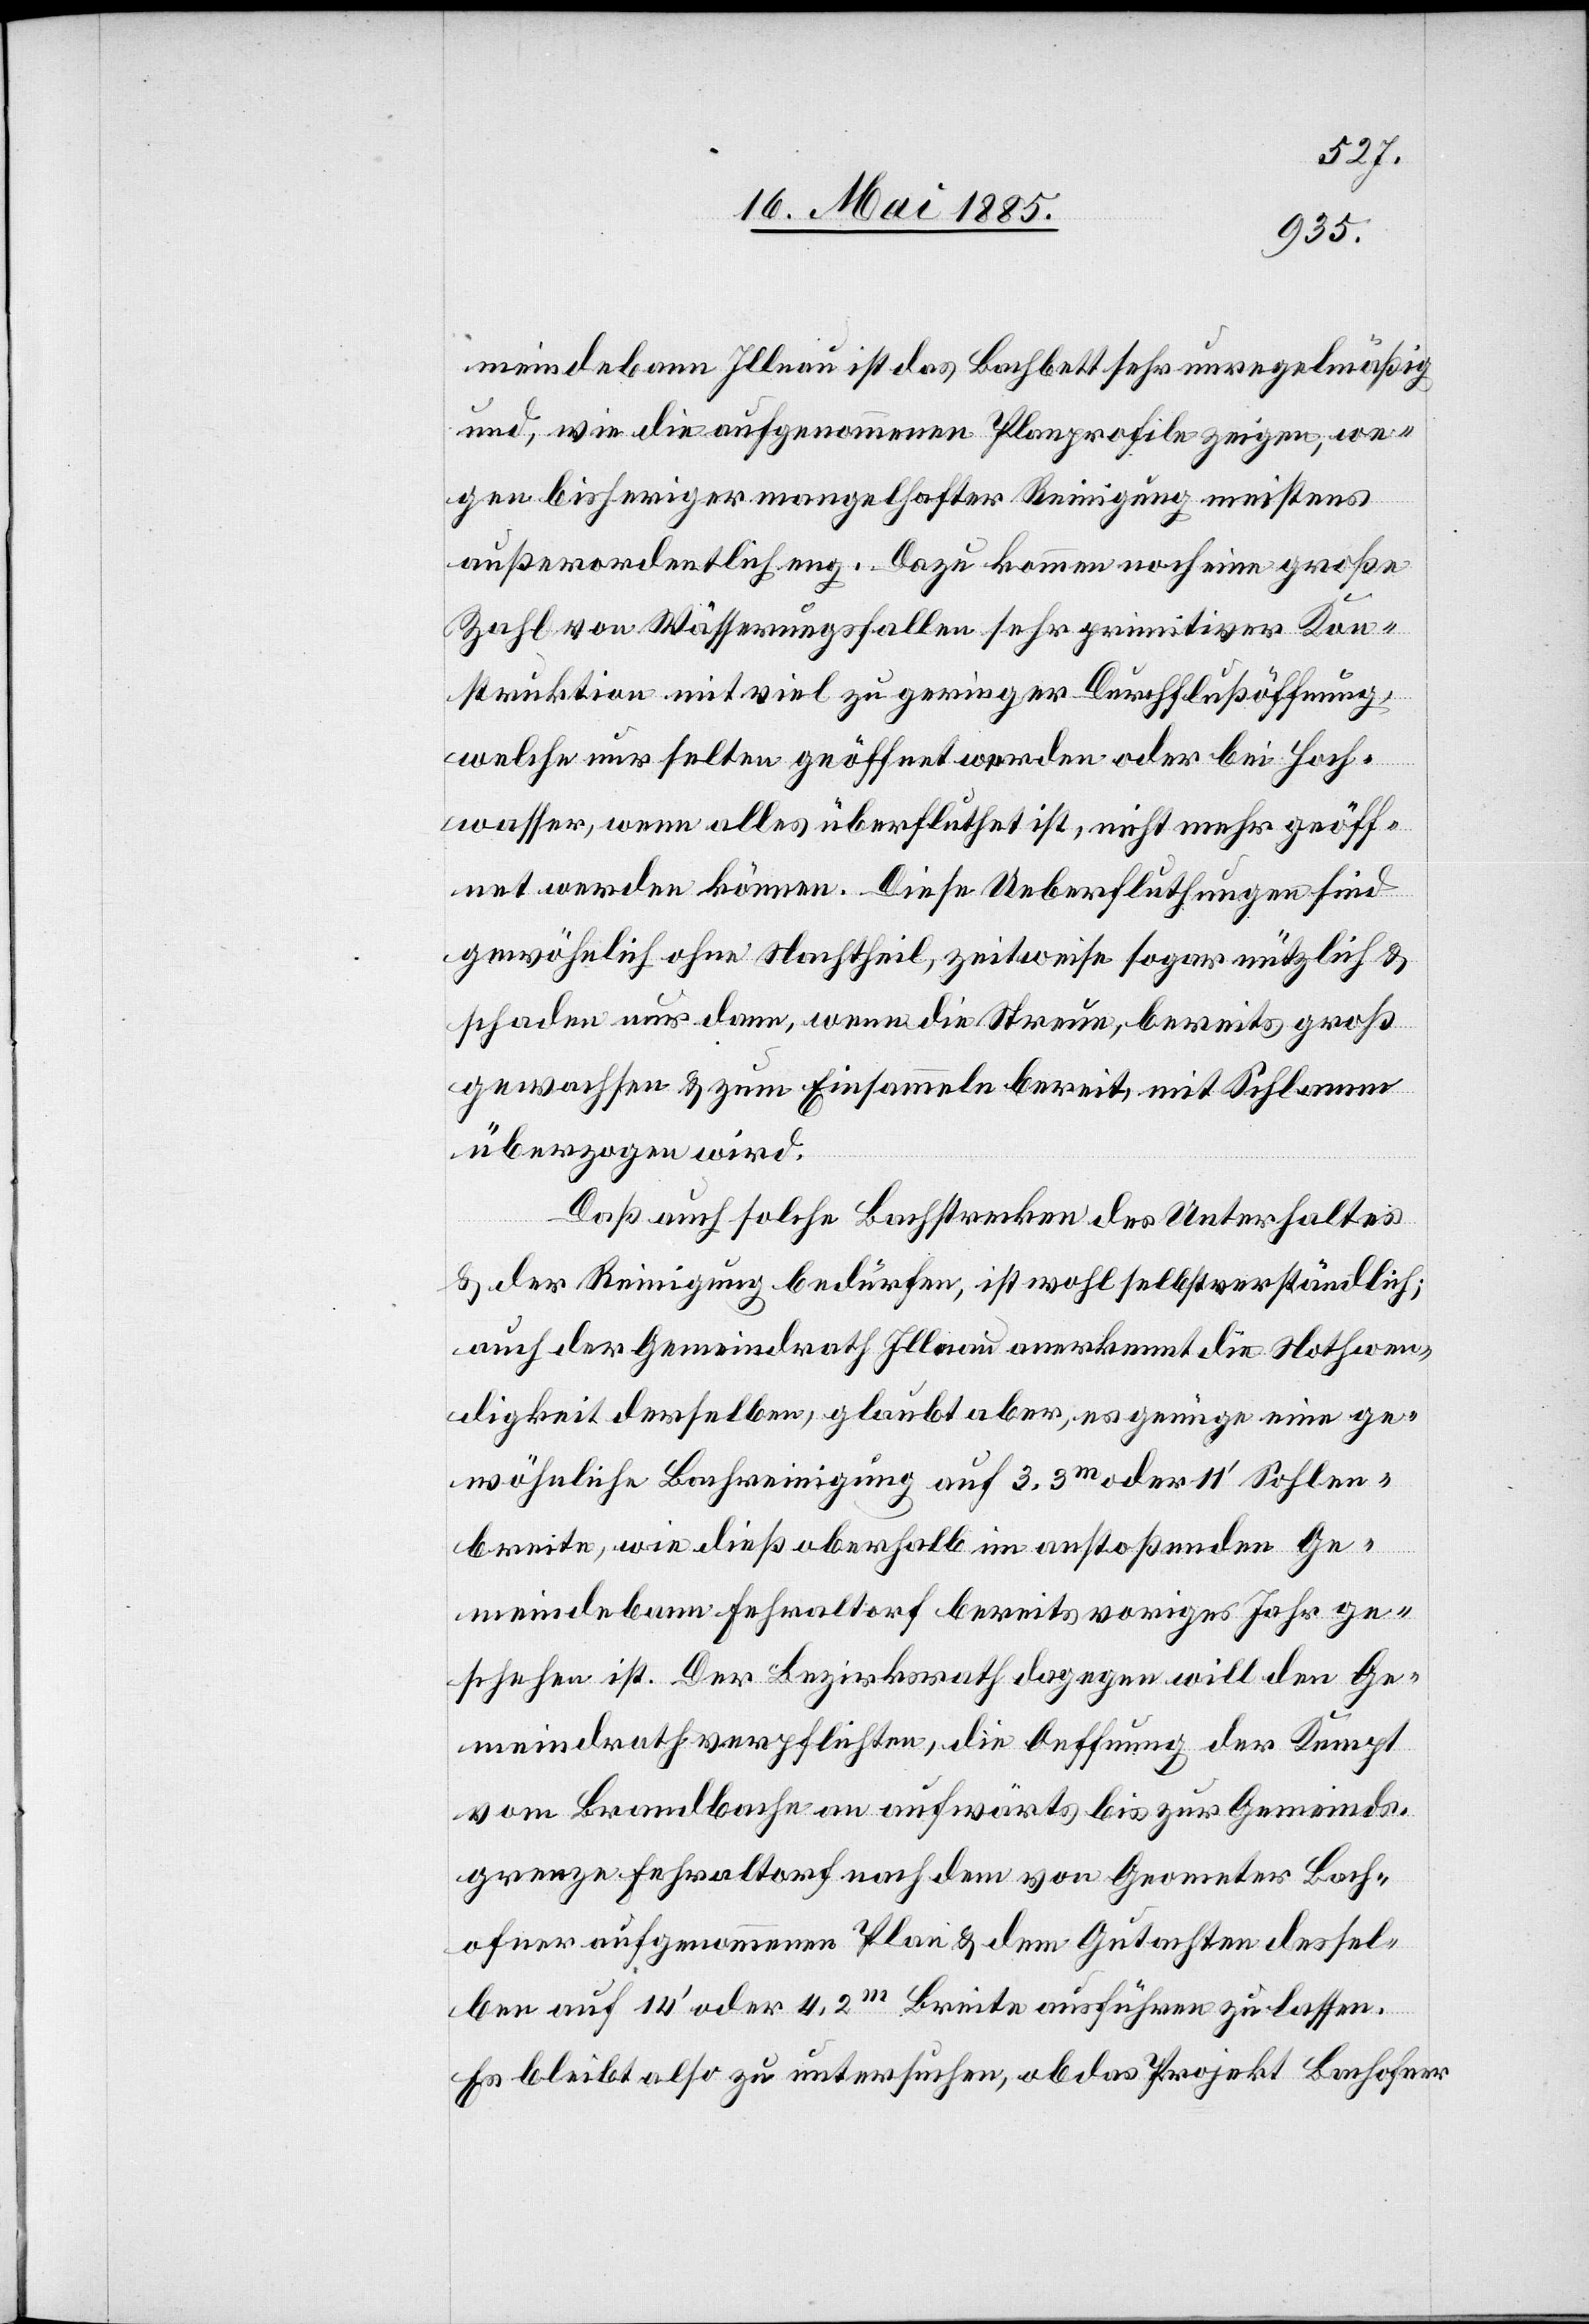
meindebann Illnau ist das Bachbett sehr unregelmäßig
und, wie die aufgenommenen Planprofile zeigen, we¬
gen bisheriger mangelhafter Reinigung meistens
außerordentlich eng. Dazu kommen noch eine große
Zahl von Wässerungsfallen sehr primitiver Kon¬
struktion mit viel zu geringer Durchflußöffnung,
welche nur selten geöffnet werden oder bei Hoch¬
wasser, wenn alles überfluthet ist, nicht mehr geöff¬
net werden können. Diese Ueberfluthungen sind
gewöhnlich ohne Nachtheil, zeitweise sogar nützlich &
schaden nur dann, wenn die Streue, bereits groß
gewachsen & zum Einsammeln bereit, mit Schlamm
überzogen wird.
Daß auch solche Bachstrecken des Unterhaltes
& der Reinigung bedürfen, ist wohl selbstverständlich;
auch der Gemeindrath Illnau anerkennt die Nothwen¬
digkeit derselben, glaubt aber, es genüge eine ge¬
wöhnliche Bachreinigung auf 3.3 m oder 11’ Sohlen¬
breite, wie dieß oberhalb im anstoßenden Ge¬
meindebann Fehraltorf bereits voriges Jahr ge¬
schehen ist. Der Bezirksrath dagegen will den Ge¬
meindrath verpflichten, die Oeffnung der Kempt
vom Brandbache an aufwärts bis zur Gemeinds¬
grenze Fehraltorf nach dem von Geometer Bach¬
ofner aufgenommenen Plan & dem Gutachten dessel¬
ben auf 14’ oder 4.2 m Breite ausführen zu lassen.
Es bleibt also zu untersuchen, ob das Projekt Bachofner